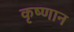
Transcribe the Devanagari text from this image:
कृष्णान